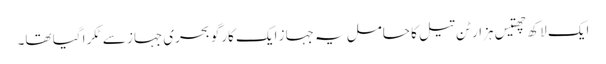
ایک لاکھ چھتیس ہزار ٹن تیل کا حامل یہ جہاز ایک کارگو بحری جہاز سے ٹکرا گیا تھا۔